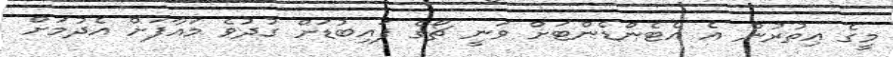
މީގެ އިތުރުން އެ އެޓެންޑެންޓަށް ވަނީ ޗޯގެ ފައިބުޑަށް ގުދުވެ މައާފަށް އެދުމަށް